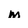
Character: m